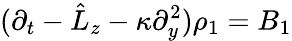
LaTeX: (\partial_{t}-\hat{L}_{z}-\kappa\partial_{y}^{2})\rho_{1}=B_{1}